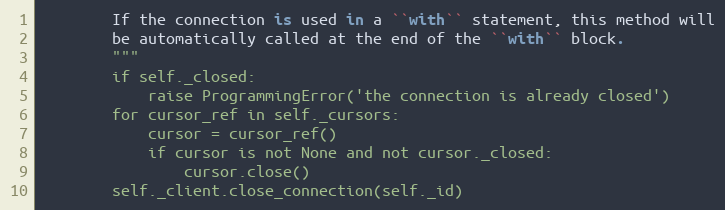
Language: Python
        If the connection is used in a ``with`` statement, this method will
        be automatically called at the end of the ``with`` block.
        """
        if self._closed:
            raise ProgrammingError('the connection is already closed')
        for cursor_ref in self._cursors:
            cursor = cursor_ref()
            if cursor is not None and not cursor._closed:
                cursor.close()
        self._client.close_connection(self._id)